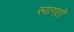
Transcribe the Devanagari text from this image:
स्वागतों